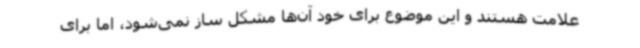
علامت هستند و این موضوع برای خود آن‌ها مشکل ساز نمی‌شود، اما برای